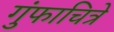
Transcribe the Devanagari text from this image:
गुंफाचित्रे